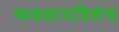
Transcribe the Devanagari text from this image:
व्यवसायविशेष